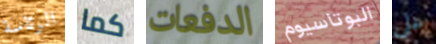
الرئاسة كما الدفعات البوتاسيوم على